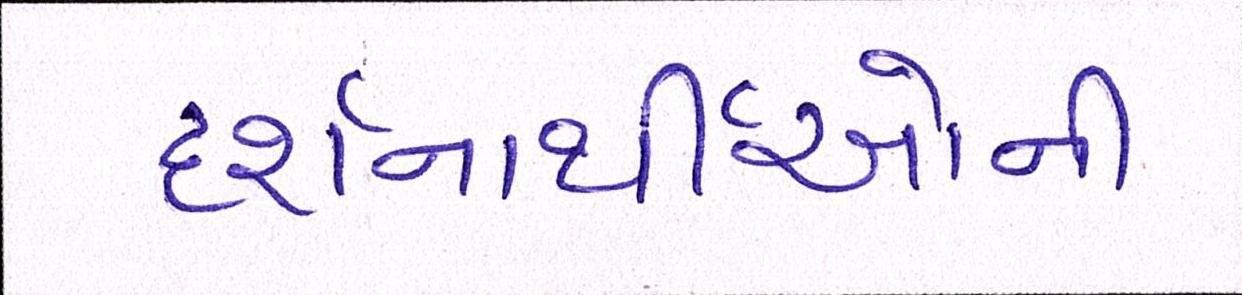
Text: દર્શનાર્થીઓની